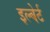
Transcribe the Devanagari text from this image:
इल्बेर्ट